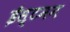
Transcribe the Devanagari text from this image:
ईस्टमन